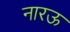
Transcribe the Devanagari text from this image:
नारऊ